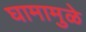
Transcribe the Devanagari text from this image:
घामामुळे